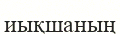
иықшаның